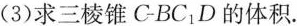
(3)求三棱锥C-BC_{1}D的体积.